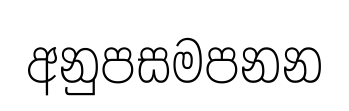
අනුපසමපනන